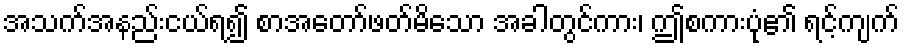
အသက်အနည်းငယ်ရ၍ စာအတော်ဖတ်မိသော အခါတွင်ကား၊ ဤစကားပုံ၏ ရင့်ကျက်